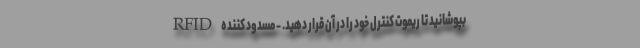
بپوشانید تا ریموت کنترل خود را در آن قرار دهید. ‌- مسدود کننده RFID